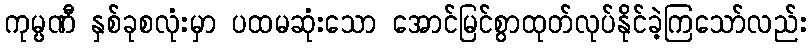
ကုမ္ပဏီ နှစ်ခုစလုံးမှာ ပထမဆုံးသော အောင်မြင်စွာထုတ်လုပ်နိုင်ခဲ့ကြသော်လည်း